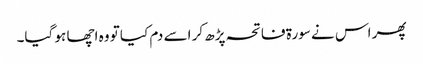
پھر اس نے سورۃ فاتحہ پڑھ کر اسے دم کیا تو وہ اچھا ہو گیا۔